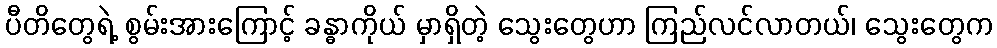
ပီတိတွေရဲ့ စွမ်းအားကြောင့် ခန္ဓာကိုယ် မှာရှိတဲ့ သွေးတွေဟာ ကြည်လင်လာတယ်၊ သွေးတွေက